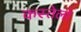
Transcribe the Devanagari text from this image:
कस्तेलो